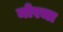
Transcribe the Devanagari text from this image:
मोरजा